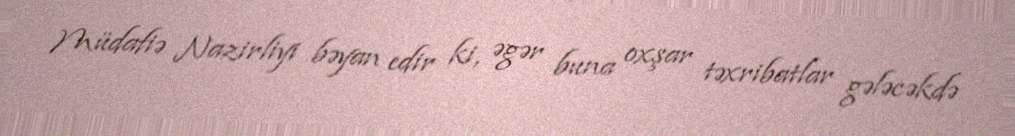
Müdafiə Nazirliyi bəyan edir ki, əgər buna oxşar təxribatlar gələcəkdə